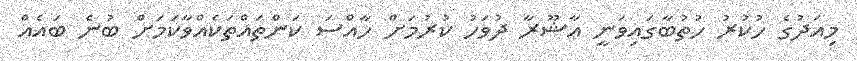
މިއަދުގެ ހުކުރު ހުތުބާގައިވަނީ ޢާޝޫރާ ދުވަހު ކުުރުމަށް ހާއްސަ ކަންތައްތަކެއްވާކަމަށް ބުނެ ބައެއް